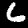
Label: 6